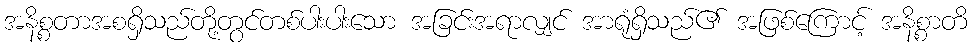
အနိစ္စတာအစရှိသည်တို့တွင်တစ်ပါးပါးသော အခြင်းအရာလျှင် အာရုံရှိသည်၏ အဖြစ်ကြောင့် အနိစ္စာတိ